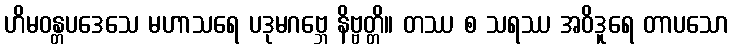
ဟိမဝန္တပဒေသေ မဟာသရေ ပဒုမဂဗ္ဘေ နိဗ္ဗတ္တိ။ တဿ စ သရဿ အဝိဒူရေ တာပသော